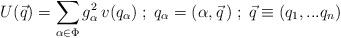
LaTeX: \begin{align*}U(\vec{q}) = \sum_{\alpha \in \Phi } g_{\alpha}^2 \, v(q_{\alpha})\; ; \;q_{\alpha} = (\alpha , \vec{q}\, ) \; ; \;\vec{q} \equiv (q_1, ... q_n)\end{align*}